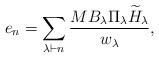
LaTeX: \begin{align*} e_n = \sum_{\lambda \vdash n} \frac{M B_{\lambda} \Pi_{\lambda} \widetilde{H}_{\lambda}}{w_{\lambda}}, \end{align*}